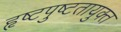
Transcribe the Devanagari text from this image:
हृष्टपुष्टतायुक्त